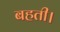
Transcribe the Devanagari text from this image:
बहती।